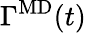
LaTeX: \Gamma^{\mathrm{MD}}(t)